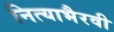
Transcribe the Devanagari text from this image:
नित्याभैरवी